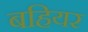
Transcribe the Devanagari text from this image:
बहियर